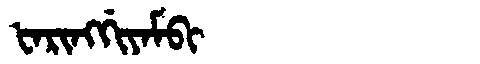
Manchu: ᡶᠠᡵᡳᠩᡤᡳᠶᠠᠮᠪᡳ
Romanization: FARINGGIYAMBI